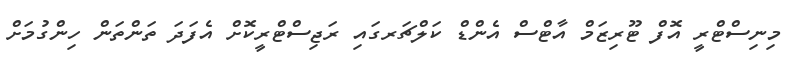
މިނިސްޓްރީ އޮފް ޓޫރިޒަމް އާޓްސް އެންޑް ކަލްޗަރގައި ރަޖިސްޓްރީކޮށް އެފަދަ ތަންތަން ހިންގުމަށް